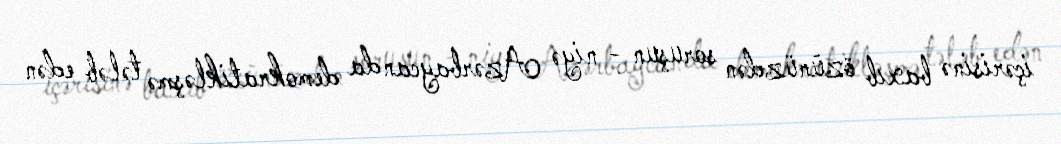
içərisinə baxıb özünüzdən soruşun - niyə Azərbaycanda demokratikləşmə tələb edən